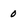
Character: 0